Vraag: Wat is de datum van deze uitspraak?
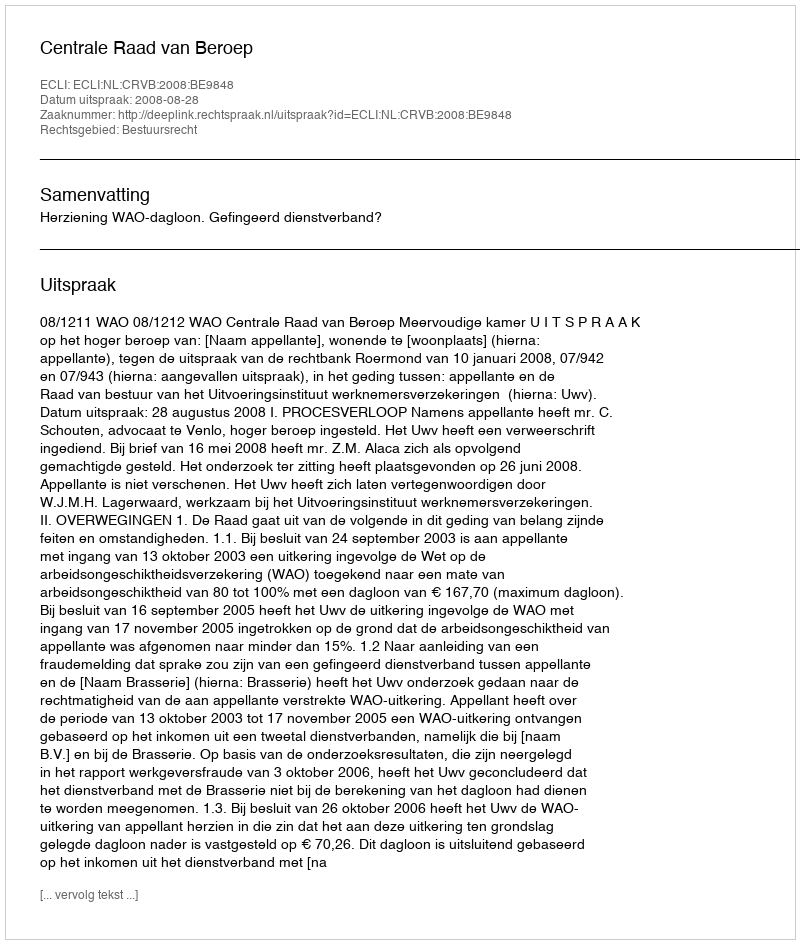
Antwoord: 2008-08-28